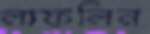
লাফলিন